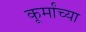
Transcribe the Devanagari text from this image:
कूर्मांच्या